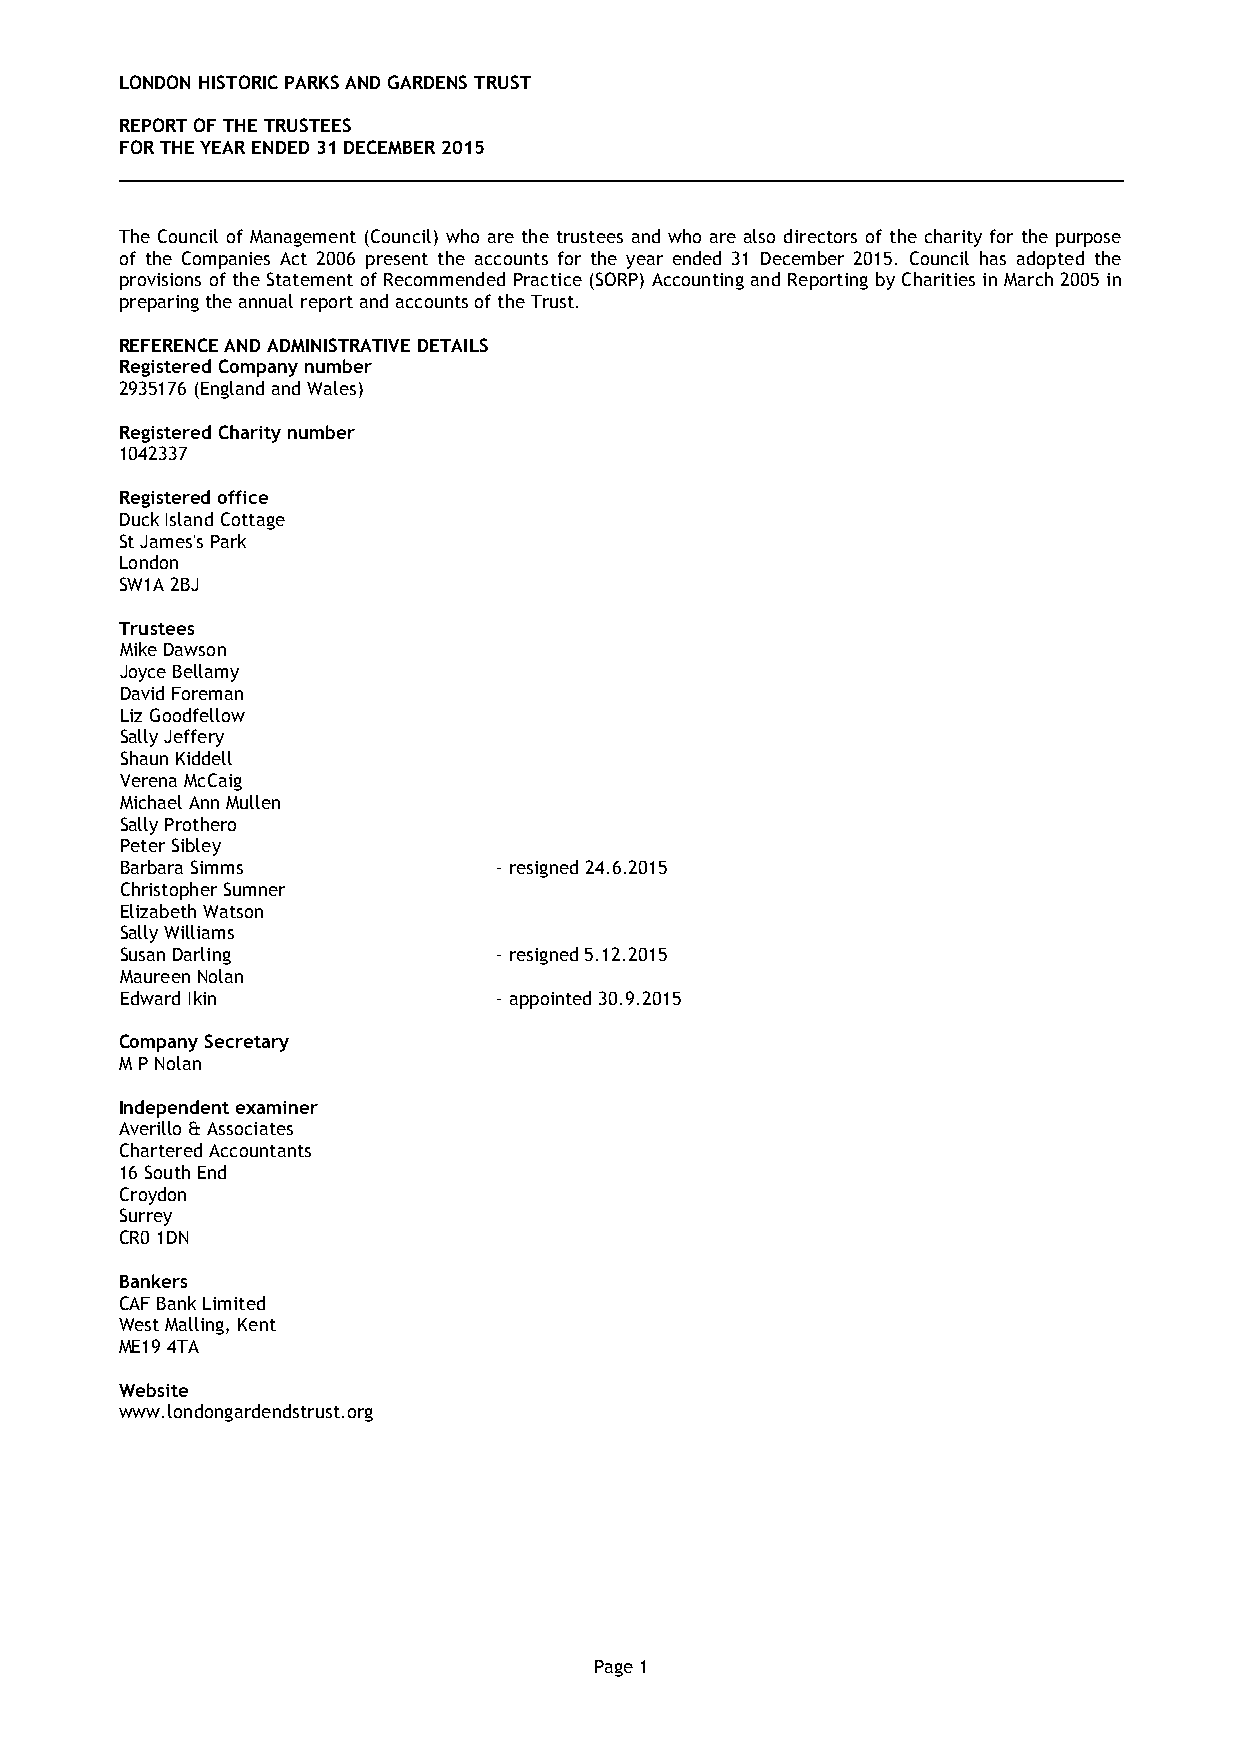
LONDON HISTORIC PARKS AND GARDENS TRUST
 REPORT OF THE TRUSTEES
 FOR THE YEAR ENDED 31 DECEMBER 2015
 The Council of Management (Council) who are the trustees and who are also directors of the charity for the purpose
 of the Companies Act 2006 present the accounts for the year ended 31 December 2015. Council has adopted the
 provisions of the Statement of Recommended Practice (SORP) Accounting and Reporting by Charities in March 2005 in
 preparing the annual report and accounts of the Trust.
 REFERENCE AND ADMINISTRATIVE DETAILS
 Registered Company number
 2935176 (England and Wales)
 Registered Charity number
 1042337
 Registered office
 Duck Island Cottage
 St James's Park
 London
 SW1A 2BJ
 Trustees
 Mike Dawson
 Joyce Bellamy
 David Foreman
 Liz Goodfellow
 Sally Jeffery
 Shaun Kiddell
 Verena McCaig
 Michael Ann Mullen
 Sally Prothero
 Peter Sibley
 Barbara Simms            - resigned 24.6.2015
 Christopher Sumner
 Elizabeth Watson
 Sally Williams
 Susan Darling            - resigned 5.12.2015
 Maureen Nolan
 Edward Ikin              - appointed 30.9.2015
 Company Secretary
 M P Nolan
 Independent examiner
 Averillo & Associates
 Chartered Accountants
 16 South End
 Croydon
 Surrey
 CR0 1DN
 Bankers
 CAF Bank Limited
 West Malling, Kent
 ME19 4TA
 Website
 www.londongardendstrust.org
 Page 1